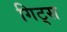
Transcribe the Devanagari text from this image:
गिट्स